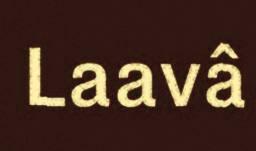
Laavâ